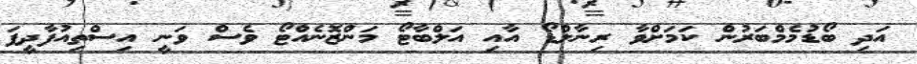
އަދި ބޯޑުމެމްބަރުން ކަމަށްވާ ރިނާލްޑޯ އާއި އަލްބާޓޯ މަންޒޮނެއްޓޯ ވެސް ވަނީ އިސްތިއުފާދީފަ